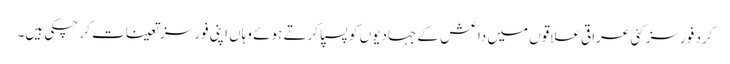
کرد فورسز کئی عراقی علاقوں میں داعش کے جہادیوں کو پسپا کرتے ہوئے وہاں اپنی فورسز تعینات کر چکی ہیں۔